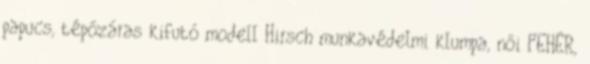
papucs, tépőzáras kifutó modell Hirsch munkavédelmi klumpa, női FEHÉR,